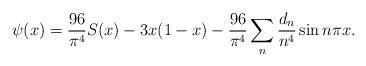
LaTeX: \begin{align*}\psi (x) & = \frac{96}{\pi^4} S(x) - 3 x (1-x) - \frac{96}{\pi^4} \sum_{n } \frac{d_n}{n^4} \sin n \pi x . \end{align*}